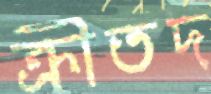
ক্রীতদ